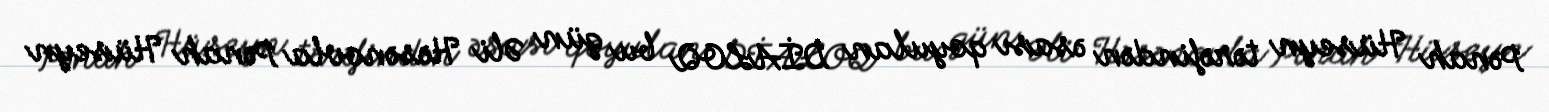
Pənah Hüseyn tərəfindən əsası qoyulan DİALOQ bu gün Əli Həsənovla Pənah Hüseyn